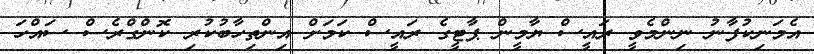
އެމަނިކުފާނު ނިންމެވީ ރައީސް ޔާމީން ޕާޓީގެ ރައީސް ކަމަށް އިންތިހާބުކުރި ކޮންގްރެސް ސައްހަ